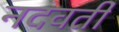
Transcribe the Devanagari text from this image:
नदवर्ती